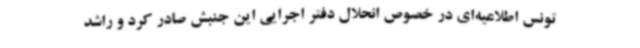
تونس اطلاعیه‌ای در خصوص انحلال دفتر اجرایی این جنبش صادر کرد و راشد